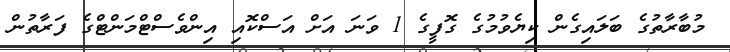
މުބާރާތުގެ ބަލައިގެން ކިޔެވުމުގެ ގޮފީގެ 1 ވަނަ އަށް އަސްކޮއި އިންވެސްޓްމަންޓްގެ ފަރާތުން